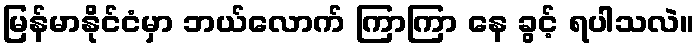
မြန်မာနိုင်ငံမှာ ဘယ်လောက် ကြာကြာ နေ ခွင့် ရပါသလဲ။